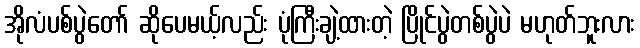
အိုလံပစ်ပွဲတော် ဆိုပေမယ့်လည်း ပုံကြီးချဲ့ထားတဲ့ ပြိုင်ပွဲတစ်ပွဲပဲ မဟုတ်ဘူးလား